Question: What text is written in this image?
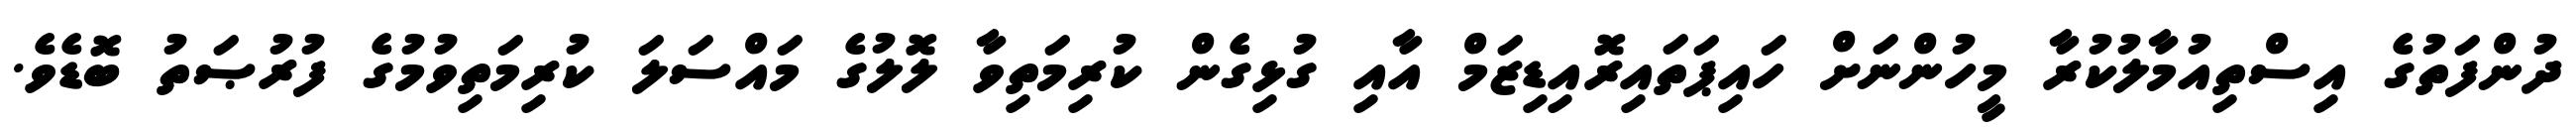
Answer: ދުންފަތުގެ އިސްތިއުމާލުކުރާ މީހުންނަށް ހައިޕަތައިރޮއިޑިޒަމް އާއި ގުޅިގެން ކުރިމަތިވާ ލޮލުގެ މައްސަލަ ކުރިމަތިވުމުގެ ފުރުޞަތު ބޮޑެވެ.